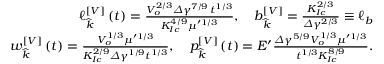
\begin{array} { r } { \ell _ { \widehat { k } } ^ { \left[ V \right] } \left( t \right) = \frac { V _ { o } ^ { 2 / 3 } \varDelta \gamma ^ { 7 / 9 } \, t ^ { 1 / 3 } } { K _ { I c } ^ { 4 / 9 } \mu ^ { \prime 1 / 3 } } , \quad b _ { \widehat { k } } ^ { \left[ V \right] } = \frac { K _ { I c } ^ { 2 / 3 } } { \varDelta \gamma ^ { 2 / 3 } } \equiv \ell _ { b } } \\ { w _ { \widehat { k } } ^ { \left[ V \right] } \left( t \right) = \frac { V _ { o } ^ { 1 / 3 } \mu ^ { \prime 1 / 3 } } { K _ { I c } ^ { 2 / 9 } \varDelta \gamma ^ { 1 / 9 } t ^ { 1 / 3 } } , \quad p _ { \widehat { k } } ^ { \left[ V \right] } \left( t \right) = E ^ { \prime } \frac { \varDelta \gamma ^ { 5 / 9 } V _ { o } ^ { 1 / 3 } \mu ^ { \prime 1 / 3 } } { t ^ { 1 / 3 } K _ { I c } ^ { 8 / 9 } } . } \end{array}